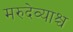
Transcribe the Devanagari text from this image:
मरुदेव्याश्च